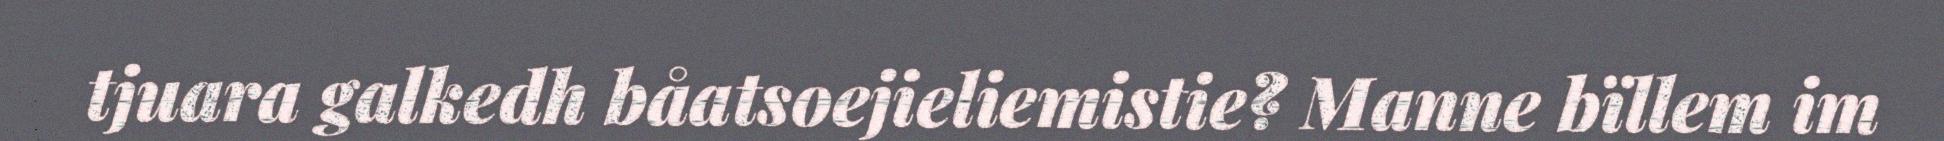
tjuara galkedh båatsoejieliemistie? Manne bïllem im